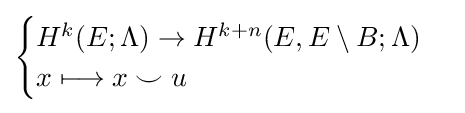
{\begin{cases}H^{k}(E;\Lambda )\to H^{k+n}(E,E\setminus B;\Lambda )\\x\longmapsto x\smile u\end{cases}}